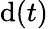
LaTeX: \mathrm{d}(t)